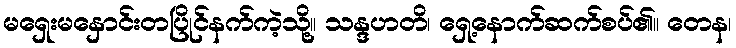
မရှေးမနှောင်းတပြိုင်နက်ကဲ့သို့။ သန္ဒဟတိ၊ ရှေ့နောက်ဆက်စပ်၏။ တေန၊